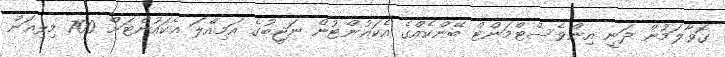
ގޮވާލަމުން ދަނީ އިންވެސްޓްމަންޓް ބޭންކެއްގެ އެކައުންޓުން ނަޖީބުގެ އަމިއްލަ އެކައުންޓަށް 700 މިލިއަން